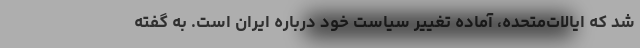
شد که ایالات‌متحده، آماده تغییر سیاست خود درباره ایران است. به گفته